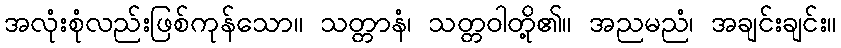
အလုံးစုံလည်းဖြစ်ကုန်သော။ သတ္တာနံ၊ သတ္တဝါတို့၏။ အညမညံ၊ အချင်းချင်း။